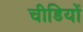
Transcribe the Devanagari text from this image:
चीडियों